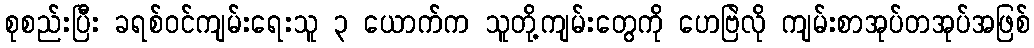
စုစည်းပြီး ခရစ်ဝင်ကျမ်းရေးသူ ၃ ယောက်က သူတို့ကျမ်းတွေကို ဟေဗြဲလို ကျမ်းစာအုပ်တအုပ်အဖြစ်